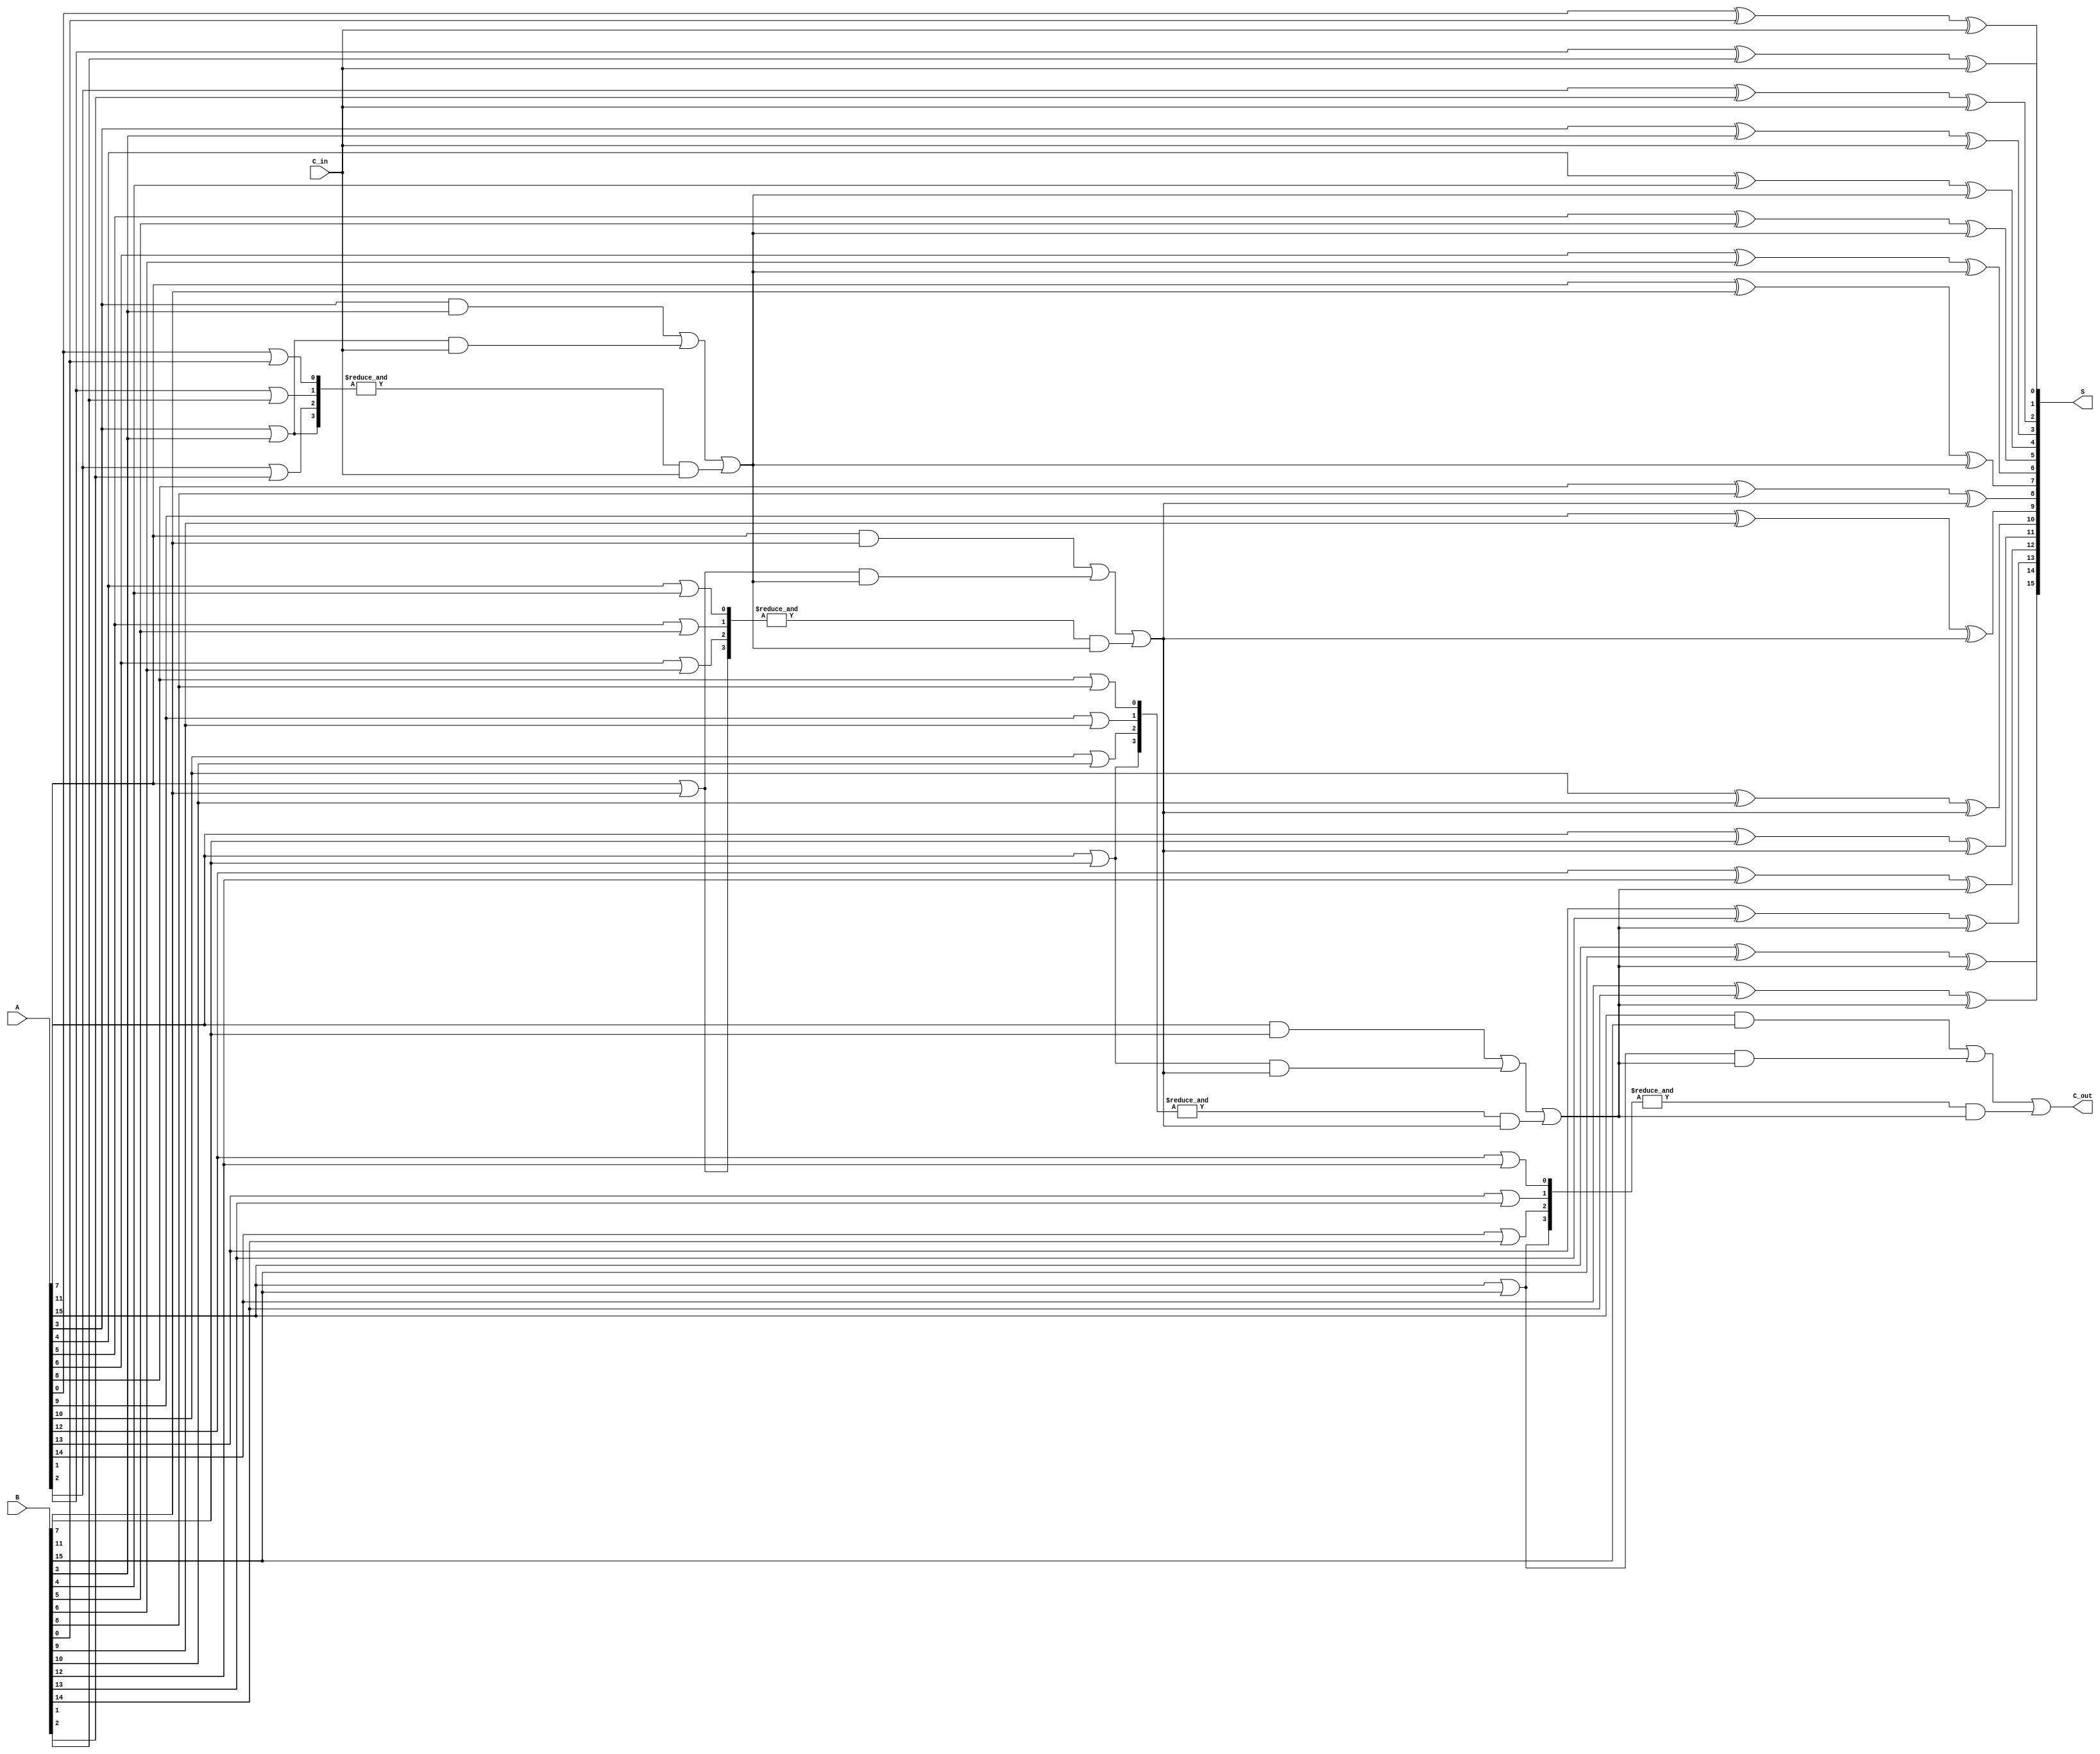
module CLA #(parameter WIDTH = 16, // Width of the adder
             parameter GROUP_SIZE = 4) // Size of each group
(
    input  [WIDTH-1:0] A, // First operand
    input  [WIDTH-1:0] B, // Second operand
    input  C_in,          // Carry input
    output [WIDTH-1:0] S, // Sum output
    output C_out          // Carry output
);

    // Number of groups
    localparam NUM_GROUPS = WIDTH / GROUP_SIZE;

    // Internal signals
    wire [WIDTH-1:0] G; // Generate signals
    wire [WIDTH-1:0] P; // Propagate signals
    wire [NUM_GROUPS:0] C; // Carry signals for each group

    // Generate and Propagate Logic
    genvar i;
    generate
        for (i = 0; i < WIDTH; i = i + 1) begin : gen_prop
            assign G[i] = A[i] & B[i]; // Generate
            assign P[i] = A[i] | B[i]; // Propagate
        end
    endgenerate

    // Carry Lookahead Logic for Groups
    generate
        for (i = 0; i < NUM_GROUPS; i = i + 1) begin : group
            wire [GROUP_SIZE-1:0] G_group;
            wire [GROUP_SIZE-1:0] P_group;

            // Local generate and propagate signals for the group
            assign G_group = G[i*GROUP_SIZE +: GROUP_SIZE];
            assign P_group = P[i*GROUP_SIZE +: GROUP_SIZE];

            // Group Generate and Propagate
            wire G_G;
            wire P_G;

            assign G_G = G_group[GROUP_SIZE-1] | (P_group[GROUP_SIZE-1] & C[i]);
            assign P_G = &P_group;

            // Carry out for the group
            assign C[i+1] = G_G | (P_G & C[i]);
        end
    endgenerate

    // Carry input for the first group
    assign C[0] = C_in;

    // Full Adder for Sum Calculation
    generate
        for (i = 0; i < WIDTH; i = i + 1) begin : full_adder
            assign S[i] = A[i] ^ B[i] ^ C[i / GROUP_SIZE]; // Sum
        end
    endgenerate

    // Final carry out
    assign C_out = C[NUM_GROUPS];

endmodule